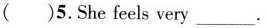
( )5.She feels very___.